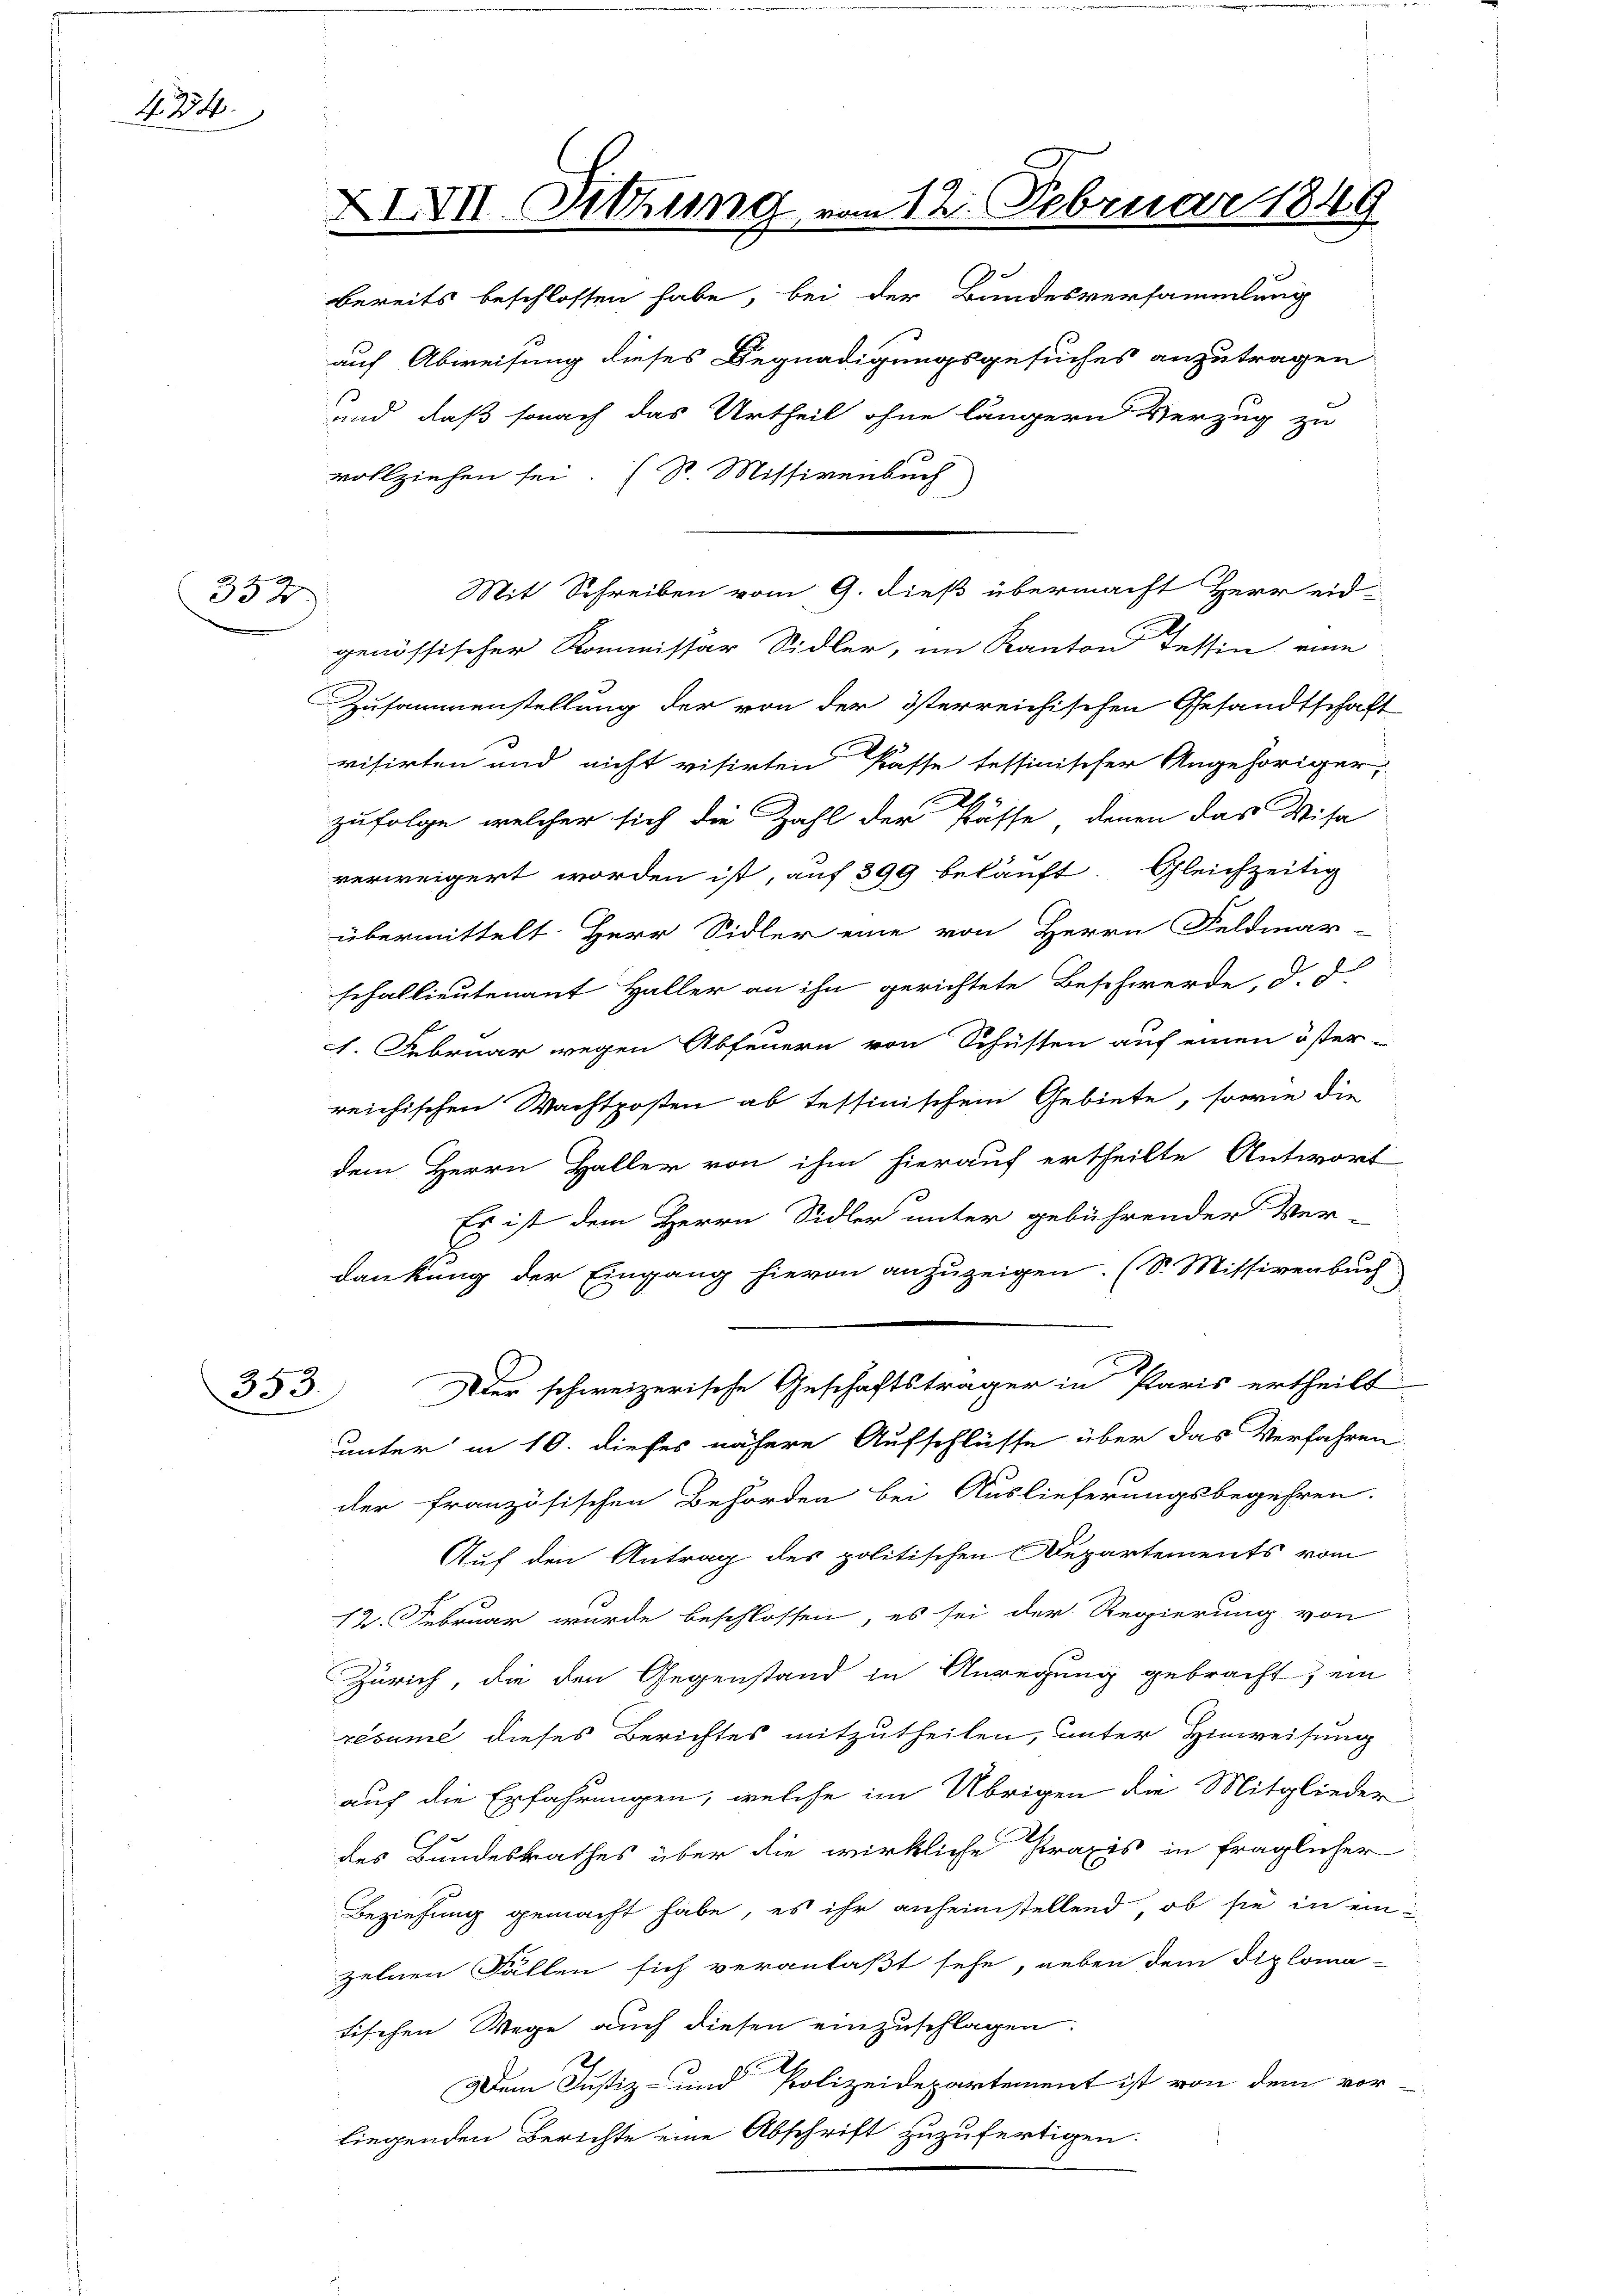
434.

332

353.

XIVII. Sitzung vom 12. Februar 184
bereits beschlossen habe, bei der Bundesversammlung

auf Abweisung dieses Begnadigungsgesuches anzutragen
und, daß sonach das Urtheil ohne längern Verzug zu
vollziehen sei. (St. Missivenbuch
Mit Schreiben vom 9. dieß übermacht Herr eid
genössischer Kommissär Sidler, im Kanton Tessin eine
Zusammenstellung der von der Isterreichischen Gesandtschaft
visirten und nicht visirten Kasse tessinischer Angehöriger,
2
zufolge, welcher sich die Zahl der sasse, denen das Visa
verweigert worden ist, auf 399 beläuft. Gleichzeitig
übermittelt. Herr Sidler eine von Herrn Feldmar-
schallieutenant Haller an ihn gerichtete Beschwerde, d. d.
1. Februar wegen Abfeuern von Schüssen auf einen öster-
reichischen Wachtposten ab tessinischem Gebiete, sowie die
dem Herrn Haller von ihm hierauf ertheilte Antwort
Es ist dem Herrn Sidler unter gebührender Ver-
dankung der Eingang hievon anzuzeigen. (S. Missiverbuch
der schweizerische Geschäftsträger in Paris ertheilt
unter in 10. dieses nähere Aufschlüsse über das Verfahren
der französischen Behörden bei Auslieferungsbegehren.
Auf den Antrag des politischen Departements vom
12. Februar wurde beschlossen, es sei der Regierung von
Zürich, die den Gegenstand in Anregung gebracht, ein
résumé dieses Berichtes mitzutheilen, unter Hinweisung
auf die Erfahrungen, welche im Übrigen die Mitglieder
des Bundesrathes über die wirkliche Praxis in fraglicher
Beziehung gemacht habe, es ihr anheimstellend, ob sie in ein
zelnen Fällen sich veranlaßt sehe, neben dem Diploma-
tischen Wege auch diesen einzuschlagen.

Dem Justiz- und Polizeidepartement ist von dem vor-
liegenden Berichte eine Abschrift zuzufertigen.